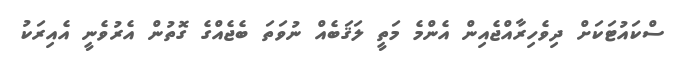
ސްކައުޓަކަށް ދިވެހިރާއްޖެއިން އެންމެ މަތީ ލަޤަބެއް ނުވަތަ ބެޖެއްގެ ގޮތުން އެރުވެނީ އެއިރަކު